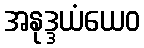
အနုဒ္ဒယံယေဝ